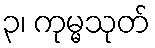
၃၊ ကုမ္မသုတ်